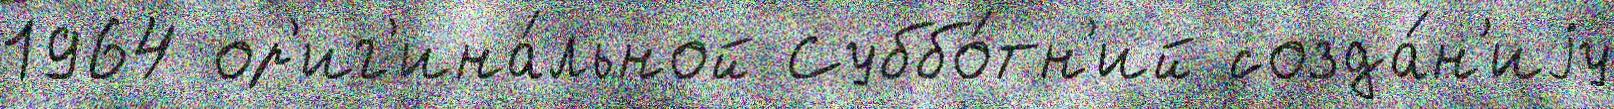
1964 ор'иг'ина́льной Суббо́тн'ий созда́н'иjу